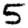
Digit: 5